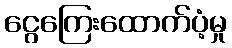
ငွေကြေးထောက်ပံ့မှု